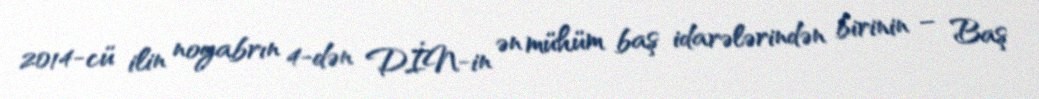
2014-cü ilin noyabrın 4-dən DİN-in ən mühüm baş idarələrindən birinin – Baş